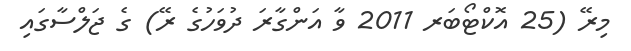
މިރޭ (25 އޮކްޓޯބަރ 2011 ވާ އަންގާރަ ދުވަހުގެ ރޭ) ގެ ޖަލްސާގައި